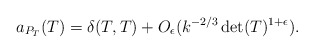
\begin{align*} a_{P_T}(T) = \delta(T, T) + O_{\epsilon}(k^{-2/3}\det(T)^{1+\epsilon}).\end{align*}